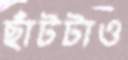
ছাঁটটাও